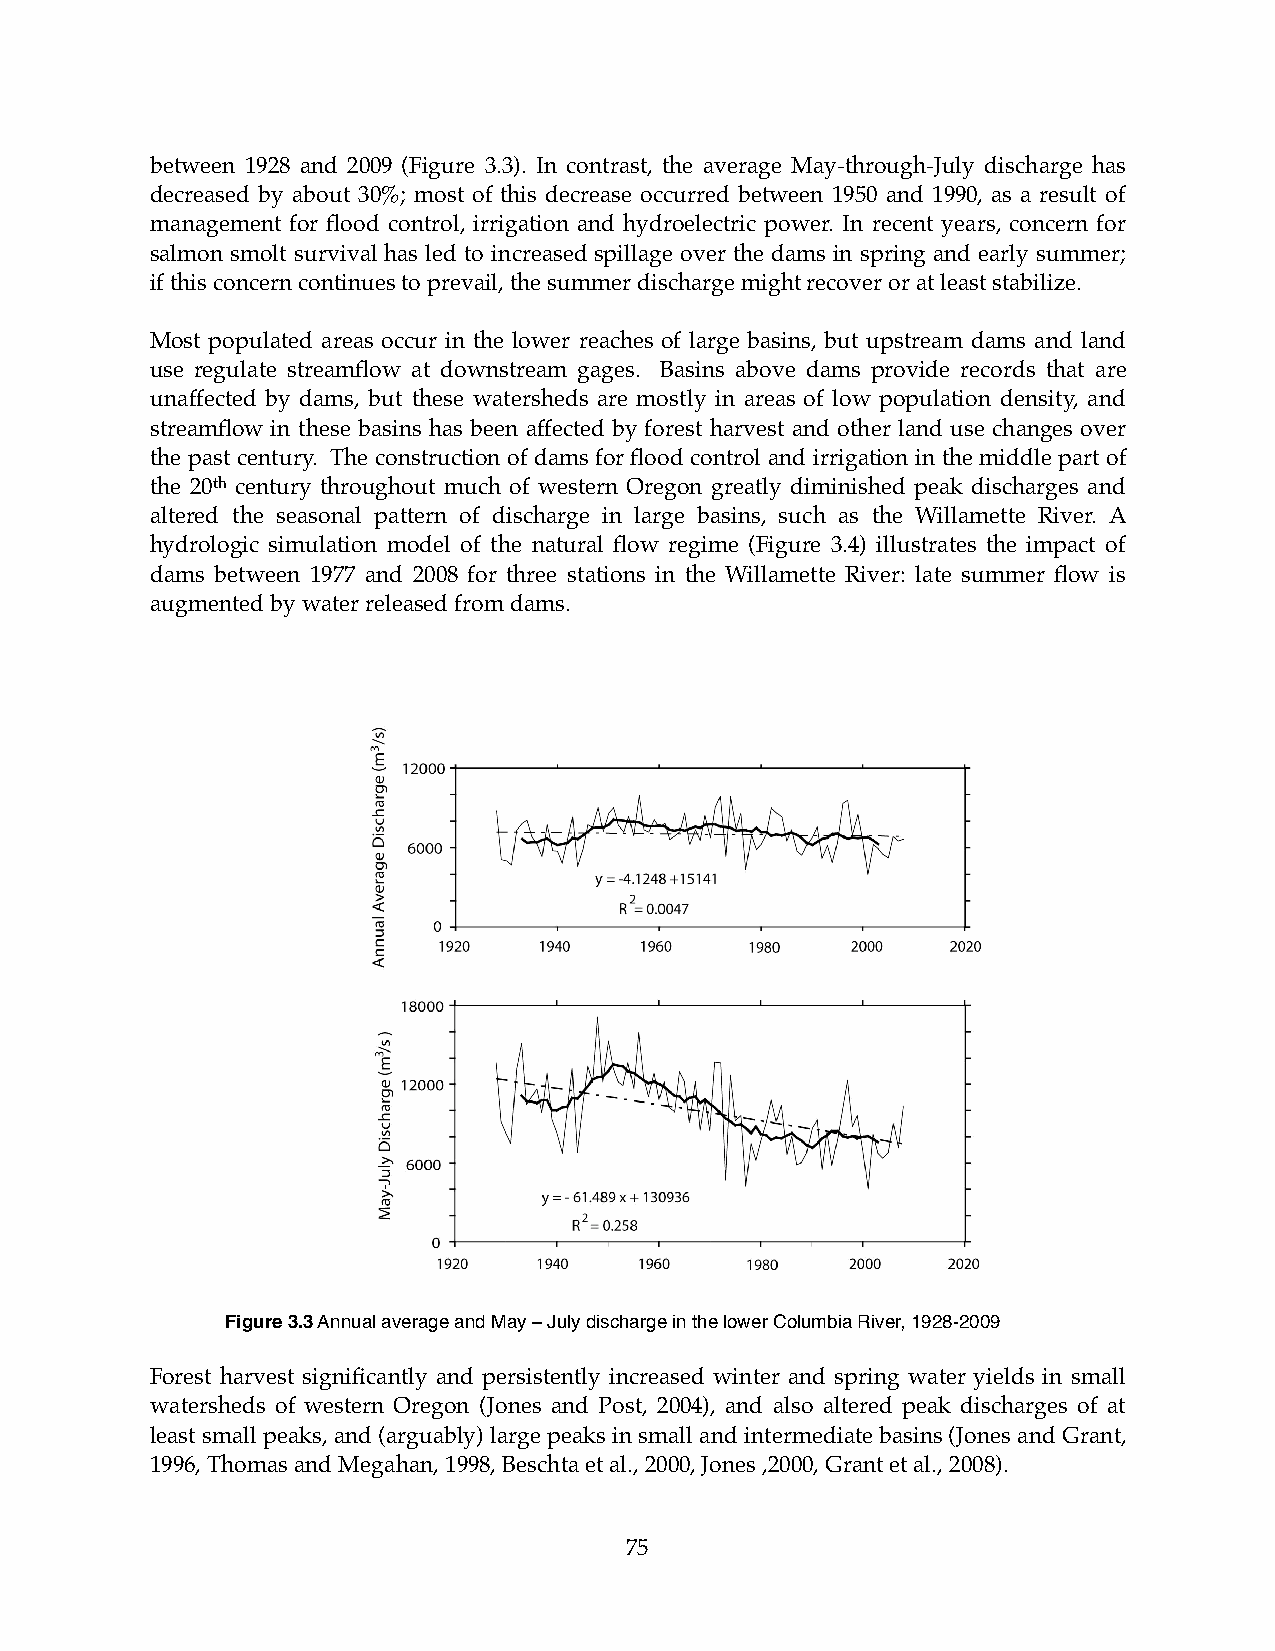
between 1928 and 2009 (Figure 3.3). In contrast, the average May-through-July discharge has
 decreased by about 30%; most of this decrease occurred between 1950 and 1990, as a result of
 management for flood control, irrigation and hydroelectric power. In recent years, concern for
 salmon smolt survival has led to increased spillage over the dams in spring and early summer;
 if this concern continues to prevail, the summer discharge might recover or at least stabilize.!!!!
 Most populated areas occur in the lower reaches of large basins, but upstream dams and land
 use regulate streamflow at downstream gages. Basins above dams provide records that are
 unaffected by dams, but these watersheds are mostly in areas of low population density, and
 streamflow in these basins has been affected by forest harvest and other land use changes over
 the past century. The construction of dams for flood control and irrigation in the middle part of
 the 20th century throughout much of western Oregon greatly diminished peak discharges and
 altered the seasonal pattern of discharge in large basins, such as the Willamette River. A
 hydrologic simulation model of the natural flow regime (Figure 3.4) illustrates the impact of
 dams between 1977 and 2008 for three stations in the Willamette River: late summer flow is
 augmented by water released from dams.
 Figure 3.3 Annual average and May – July discharge in the lower Columbia River, 1928-2009
 Forest harvest significantly and persistently increased winter and spring water yields in small
 watersheds of western Oregon (Jones and Post, 2004), and also altered peak discharges of at
 least small peaks, and (arguably) large peaks in small and intermediate basins (Jones and Grant,
 1996, Thomas and Megahan, 1998, Beschta et al., 2000, Jones ,2000, Grant et al., 2008).
 75